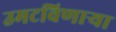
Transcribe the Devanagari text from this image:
उमटविणाऱ्या